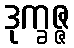
ဒုက္ခဇ္ဇ